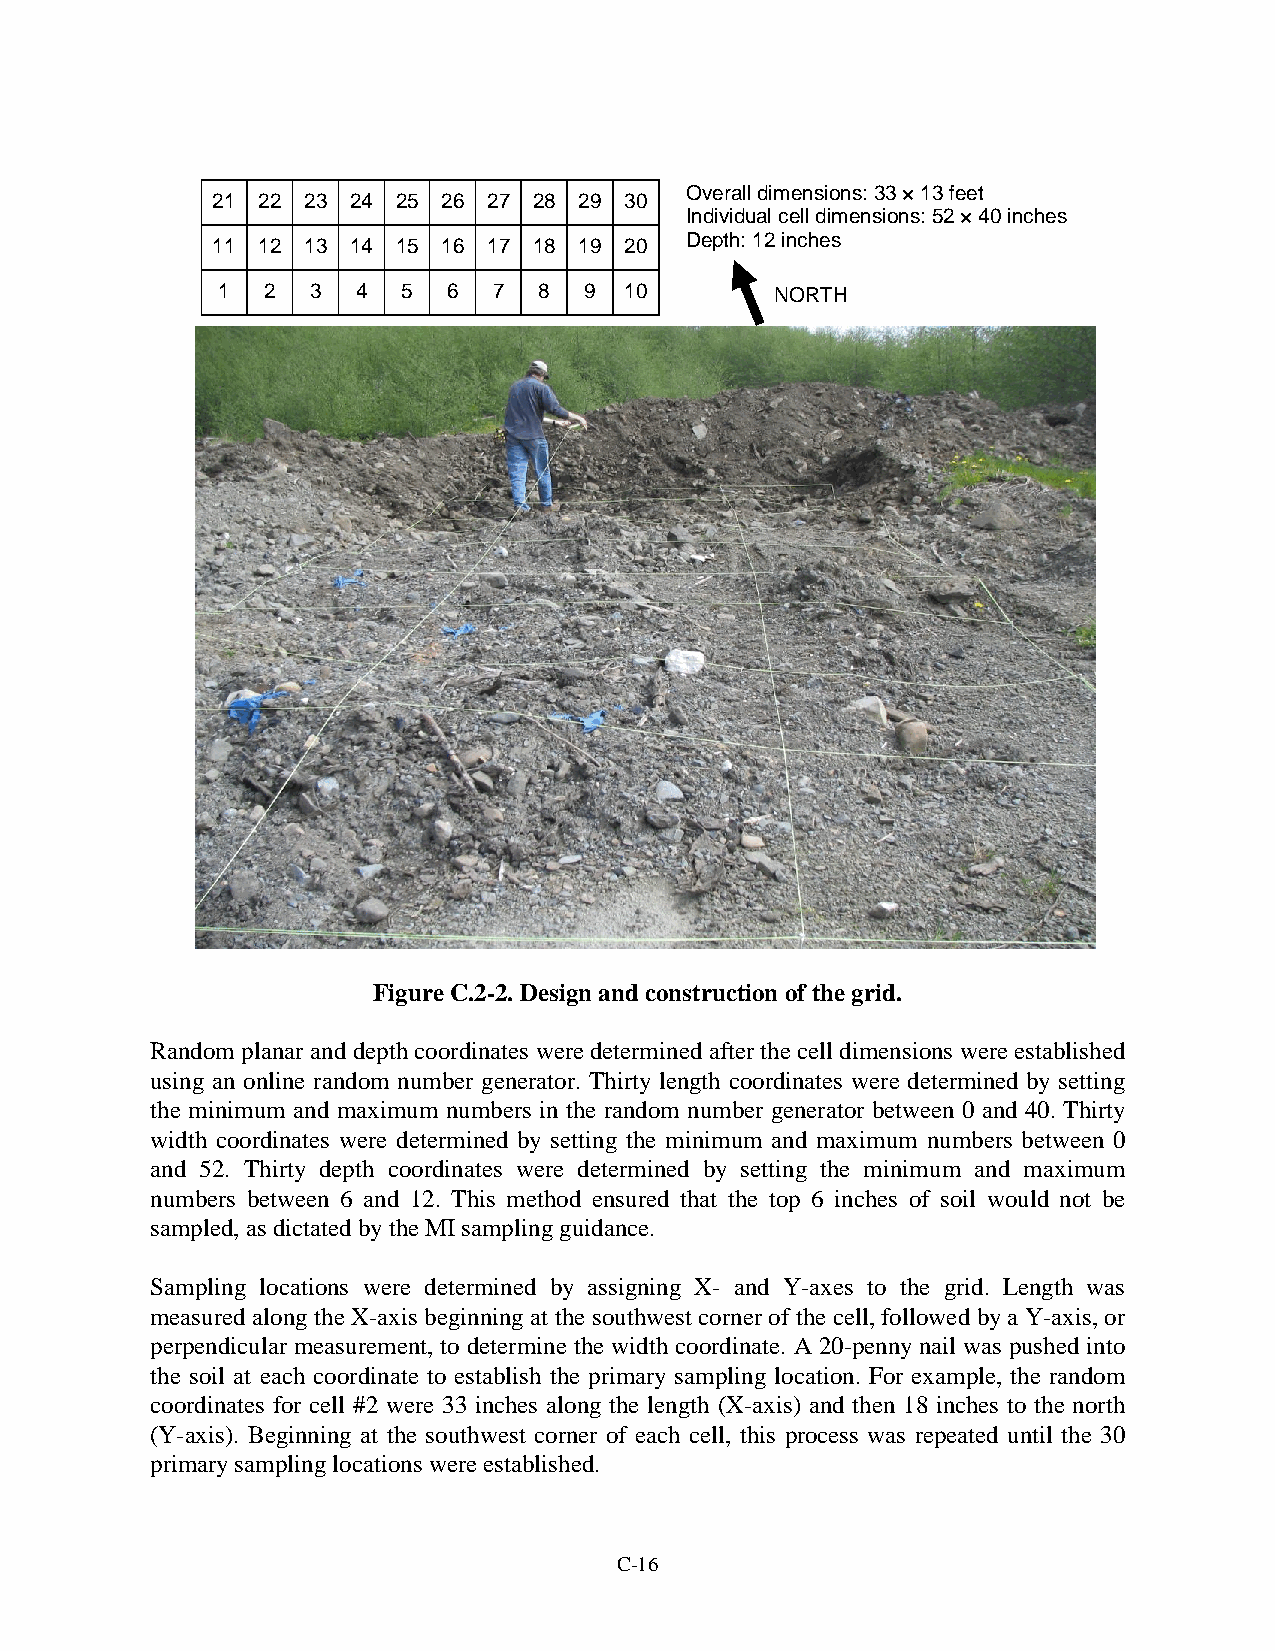
Overall dimensions: 33 × 13 feet
 21 22 23 24 25 26 27 28 29 30
 Individual cell dimensions: 52 × 40 inches
 11 12 13 14 15 16 17 18 19 20  Depth: 12 inches
 1  2   3  4  5  6  7  8  9 10        NORTH
 Figure C.2-2. Design and construction of the grid.
 Random planar and depth coordinates were determined after the cell dimensions were established
 using an online random number generator. Thirty length coordinates were determined by setting
 the minimum and maximum numbers in the random number generator between 0 and 40. Thirty
 width coordinates were determined by setting the minimum and maximum numbers between 0
 and 52. Thirty depth coordinates were determined by setting the minimum and maximum
 numbers between 6 and 12. This method ensured that the top 6 inches of soil would not be
 sampled, as dictated by the MI sampling guidance.
 Sampling locations were determined by assigning X- and Y-axes to the grid. Length was
 measured along the X-axis beginning at the southwest corner of the cell, followed by a Y-axis, or
 perpendicular measurement, to determine the width coordinate. A 20-penny nail was pushed into
 the soil at each coordinate to establish the primary sampling location. For example, the random
 coordinates for cell #2 were 33 inches along the length (X-axis) and then 18 inches to the north
 (Y-axis). Beginning at the southwest corner of each cell, this process was repeated until the 30
 primary sampling locations were established.
 C-16